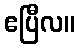
ဧပြီလ။